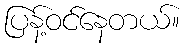
ပြန့်ဝင်နေတယ်။